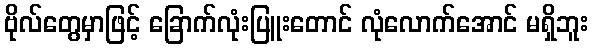
ဗိုလ်တွေမှာဖြင့် ခြောက်လုံးပြူးတောင် လုံလောက်အောင် မရှိဘူး